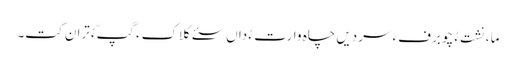
ما ،نشت ءُ چو برفءَ سردیں چاہ وارت ءُ داں سئے کلاکءَ گپّءُ تران کت۔